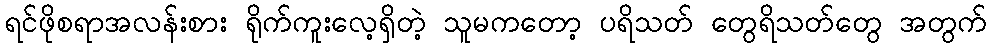
ရင်ဖိုစရာအလန်းစား ရိုက်ကူးလေ့ရှိတဲ့ သူမကတော့ ပရိသတ် တွေရိသတ်တွေ အတွက်